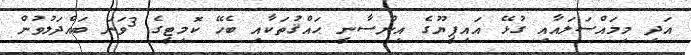
އަދި މިމައްސަލައާއި ގުޅޭ އައިޕީޔޫގެ އިންސާނީ ޙައްޤުތަކާއި ބެހޭ ކޮމިޓީގެ 3ވަނަ ބައްދަލުވުން